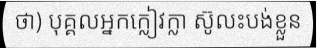
ថា) បុគ្គលអ្នកក្លៀវក្លា ស៊ូលះបង់ខ្លួន